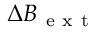
\Delta B _ { \mathrm { ~ e ~ x ~ t ~ } }